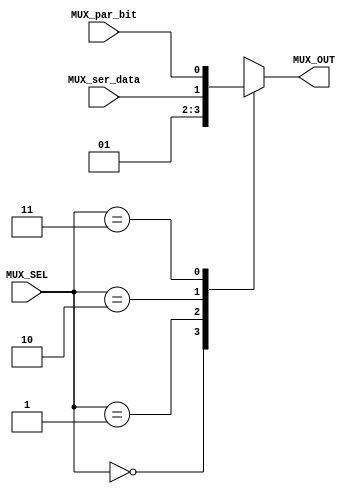
module UART_TX_MUX (
    input  wire [1 : 0] MUX_SEL,
    input  wire MUX_ser_data,
    input  wire MUX_par_bit, 
    output reg  MUX_OUT
);

// MUX Selection
localparam [1 : 0] Start_bit = 2'b00,
                   Stop_bit  = 2'b01,
                   Ser_data  = 2'b10,
                   Par_bit   = 2'b11;

// Check MUX Selecion
always @(*) begin
    case (MUX_SEL)
            Start_bit: MUX_OUT = 1'b0; 
            Stop_bit : MUX_OUT = 1'b1;
            Ser_data : MUX_OUT = MUX_ser_data;
            Par_bit  : MUX_OUT = MUX_par_bit;
            default  : MUX_OUT = 1'b1; 
        endcase
end

    
endmodule